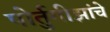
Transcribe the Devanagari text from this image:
पोर्तुगीझांचे